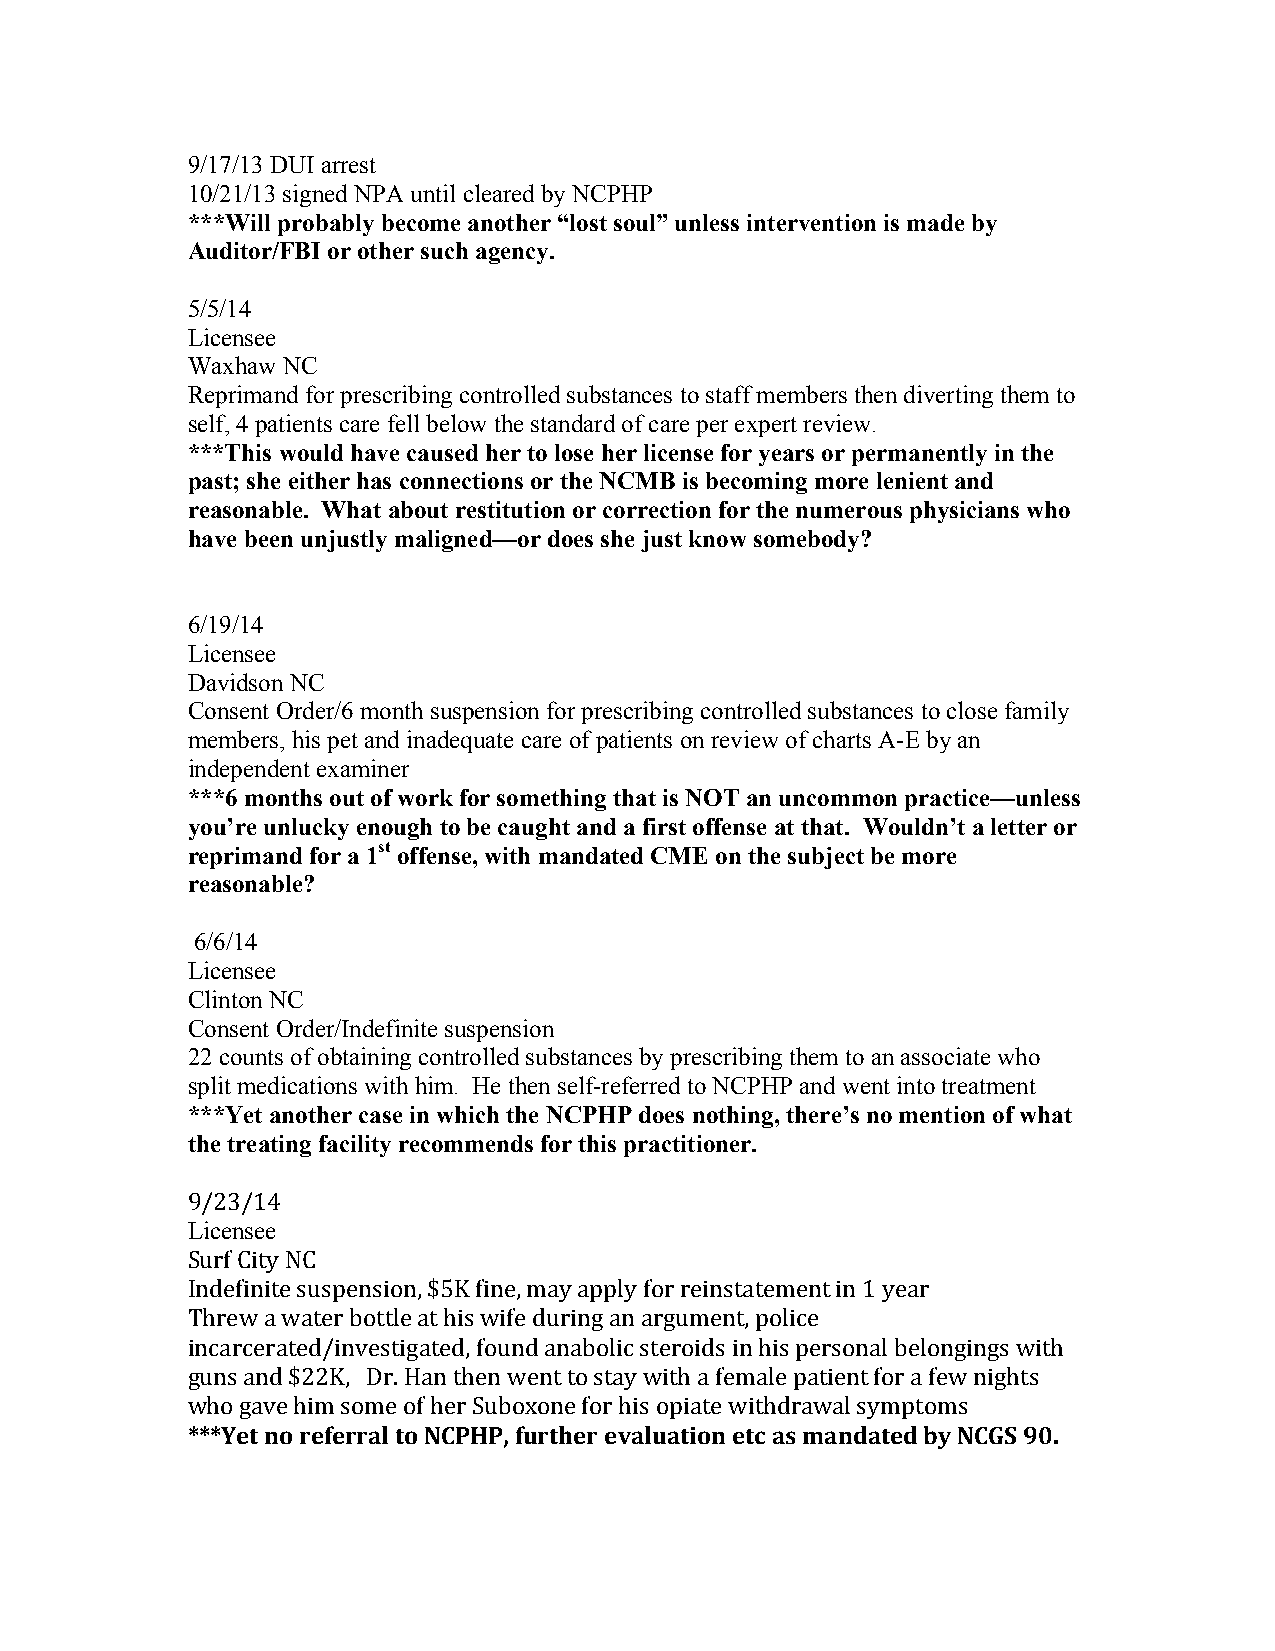
9/17/13 DUI arrest
 10/21/13 signed NPA until cleared by NCPHP
 ***Will probably become another “lost soul” unless intervention is made by
 Auditor/FBI or other such agency.
 5/5/14
 Licensee
 Waxhaw NC
 Reprimand for prescribing controlled substances to staff members then diverting them to
 self, 4 patients care fell below the standard of care per expert review.
 ***This would have caused her to lose her license for years or permanently in the
 past; she either has connections or the NCMB is becoming more lenient and
 reasonable. What about restitution or correction for the numerous physicians who
 have been unjustly maligned—or does she just know somebody?
 6/19/14
 Licensee
 Davidson NC
 Consent Order/6 month suspension for prescribing controlled substances to close family
 members, his pet and inadequate care of patients on review of charts A-E by an
 independent examiner
 ***6 months out of work for something that is NOT an uncommon practice—unless
 you’re unlucky enough to be caught and a first offense at that. Wouldn’t a letter or
 reprimand for a 1st offense, with mandated CME on the subject be more
 reasonable?
 6/6/14
 Licensee
 Clinton NC
 Consent Order/Indefinite suspension
 22 counts of obtaining controlled substances by prescribing them to an associate who
 split medications with him. He then self-referred to NCPHP and went into treatment
 ***Yet another case in which the NCPHP does nothing, there’s no mention of what
 the treating facility recommends for this practitioner.
 9/23/14
 Licensee
 Surf City NC
 Indefinite suspension, $5K fine, may apply for reinstatement in 1 year
 Threw a water bottle at his wife during an argument, police
 incarcerated/investigated, found anabolic steroids in his personal belongings with
 guns and $22K, Dr. Han then went to stay with a female patient for a few nights
 who gave him some of her Suboxone for his opiate withdrawal symptoms
 ***Yet no referral to NCPHP, further evaluation etc as mandated by NCGS 90.